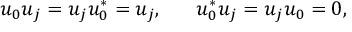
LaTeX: u _ { 0 } u _ { j } = u _ { j } u _ { 0 } ^ { * } = u _ { j } , ~ ~ ~ ~ ~ u _ { 0 } ^ { * } u _ { j } = u _ { j } u _ { 0 } = 0 ,